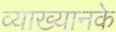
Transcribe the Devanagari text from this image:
व्याख्यानके